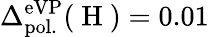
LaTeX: \Delta_{\mathrm{pol.}}^{\mathrm{eVP}}(\mathrm{~H~})=0.01